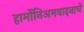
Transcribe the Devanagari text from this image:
हार्मोनिअमवादनाचे